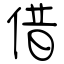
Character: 借